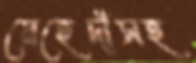
মেহেদীসহ